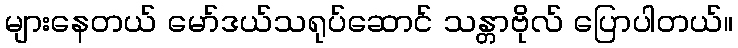
များနေတယ် မော်ဒယ်သရုပ်ဆောင် သန္တာဗိုလ် ပြောပါတယ်။